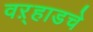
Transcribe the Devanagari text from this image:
वऱ्हाडचे